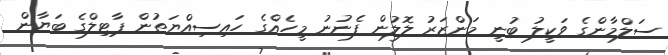
ސަލްމާންގެ ވަކީލު ބުނީ މަންޒަރު ލޮލުން ފެނުނު މީހެއްގެ ހައިސިއްޔަތުން ޕާޓިލްގެ ބަޔާން